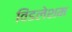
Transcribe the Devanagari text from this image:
विंडलेशम